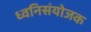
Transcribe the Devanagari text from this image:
ध्वनिसंयोजक